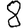
Digit: 8